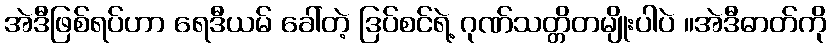
အဲဒီဖြစ်ရပ်ဟာ ရေဒီယမ် ခေါ်တဲ့ ဒြပ်စင်ရဲ့ ဂုဏ်သတ္တိတမျိုးပါပဲ ။အဲဒီဓာတ်ကို